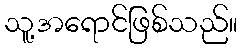
သူ့အရောင်ဖြစ်သည်။